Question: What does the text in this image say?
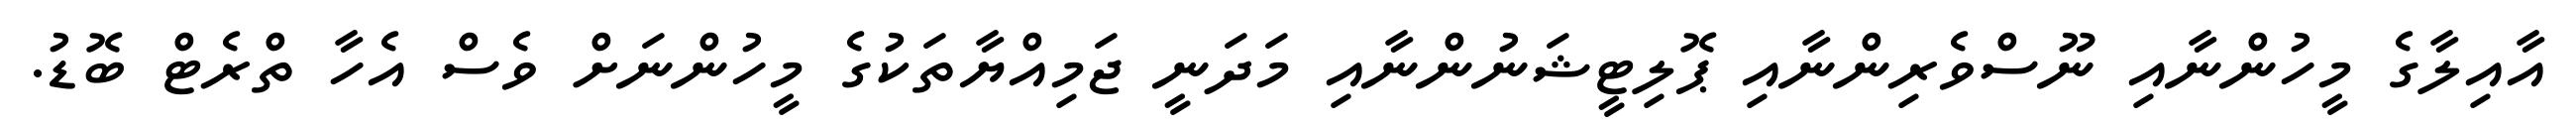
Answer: އާއިލާގެ މީހުންނާއި ނޫސްވެރިންނާއި ޕޮލިޓީޝަނުންނާއި މަދަނީ ޖަމިއްޔާތަކުގެ މީހުންނަށް ވެސް އެހާ ތްރެޓް ބޮޑު.